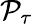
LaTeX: {\cal P}_{\tau}